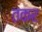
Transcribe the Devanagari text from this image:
तकर